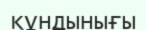
құндынығы